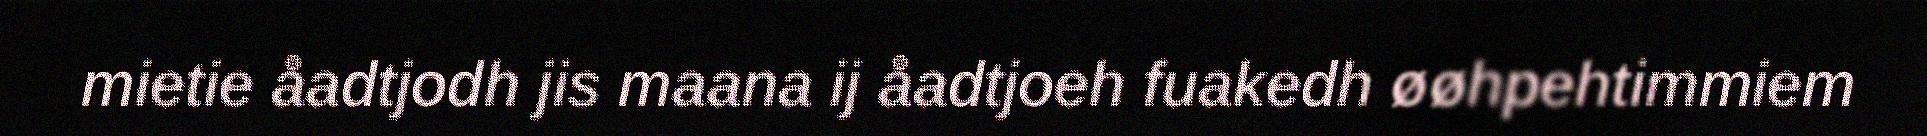
mietie åadtjodh jis maana ij åadtjoeh fuakedh øøhpehtimmiem